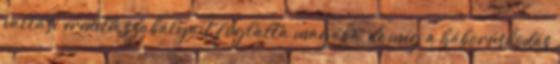
vallási eredetű szabályait foglalta magába, de még a háborúskodás